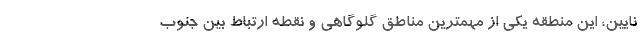
نایین، این منطقه یکی از مهمترین مناطق گلوگاهی و نقطه ارتباط بین جنوب